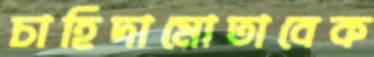
চাহিদামোতাবেক